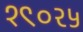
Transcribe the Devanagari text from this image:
१९०२५